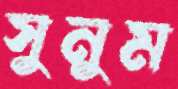
সুনুম